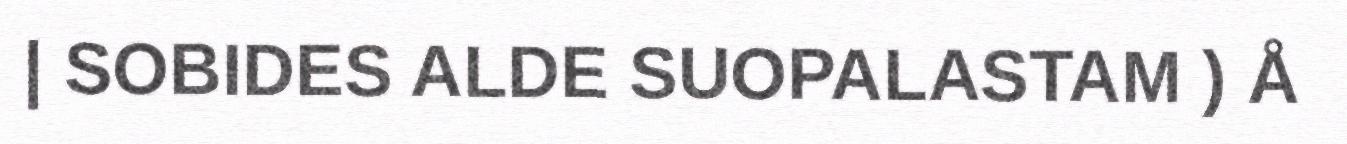
| SOBIDES ALDE SUOPALASTAM ) Å